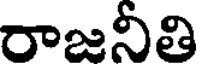
రాజనీతి